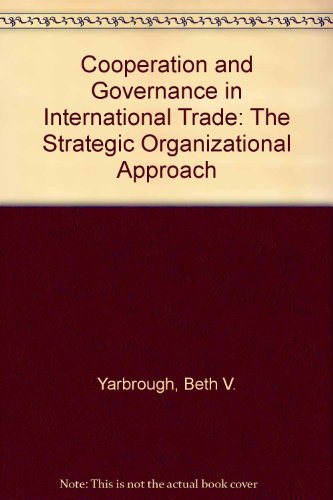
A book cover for Cooperation and Governance in International Trade; Beth V. Yarbrough; Business & Money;